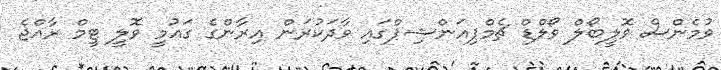
ވުމެންސް ވޮލީބޯލް ވޯލްޑް ޗެމްޕިއަންޝިޕްގައި ވާދަކުރަން އިރާންގެ ގައުމީ ވޮލީ ޓީމް ރާއްޖެ